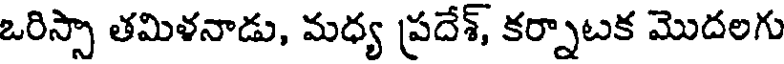
ఒరిస్సా తమిళనాడు, మధ్య ప్రదేశ్, కర్నాటక మొదలగు